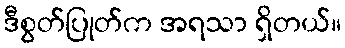
ဒီစွတ်ပြုတ်က အရသာ ရှိတယ်။